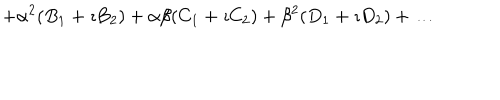
LaTeX: + \alpha ^ { 2 } ( B _ { 1 } + \imath B _ { 2 } ) + \alpha \beta ( C _ { 1 } + \imath C _ { 2 } ) + \beta ^ { 2 } ( D _ { 1 } + \imath D _ { 2 } ) + \ldots